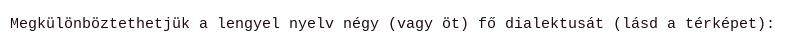
Megkülönböztethetjük a lengyel nyelv négy (vagy öt) fő dialektusát (lásd a térképet):